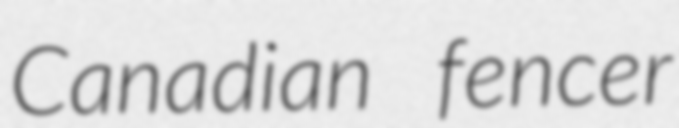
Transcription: Canadian fencer